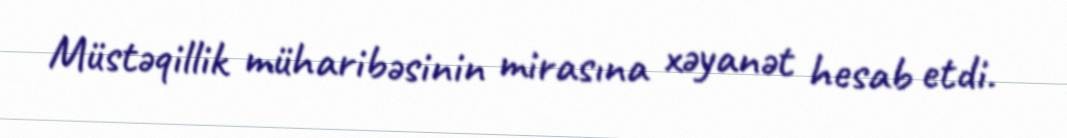
Müstəqillik müharibəsinin mirasına xəyanət hesab etdi.